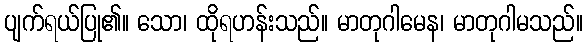
ပျက်ရယ်ပြု၏။ သော၊ ထိုရဟန်းသည်။ မာတုဂါမေန၊ မာတုဂါမသည်။